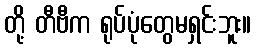
တို့ တီဗီက ရုပ်ပုံတွေမရှင်းဘူး။